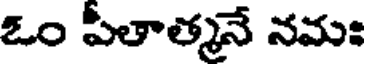
ఓం పీతాత్మనే నమః